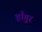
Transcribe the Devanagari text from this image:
हाँगुर